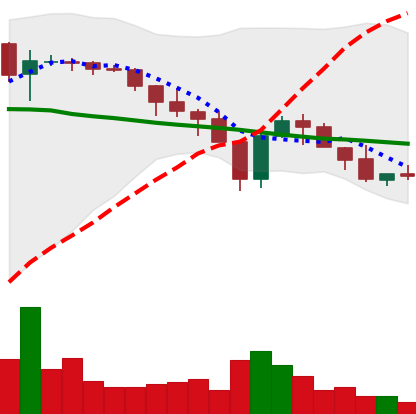
Ticker: XLM-USD
Chart end date: 2018-05-19
Forward return: -8.163%
Label: down_7plus